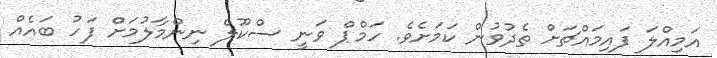
އަމިއްލަ ފައިމައްޗަށް ތެދުވުން ކަމަށެވެ. ހަމްޕް ވަނީ ސްކޫލް ނިންމާލުމަށް ފަހު ބައެއް